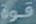
قوة